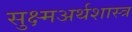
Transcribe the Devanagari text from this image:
सुक्ष्मअर्थशास्त्र